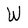
Character: W